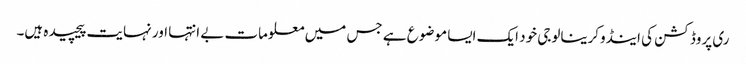
ری پروڈکشن کی اینڈوکرینالوجی خود ایک ایسا موضوع ہے جس میں‌ معلومات بے انتہا اور نہایت پیچیدہ ہیں‌۔